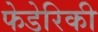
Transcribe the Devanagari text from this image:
फेडेरिकी